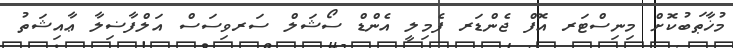
މުޚާޠަބުކޮށް މިނިސްޓަރ އޮފް ޖެންޑަރ ފެމިލީ އެންޑް ސޯޝަލް ސަރވިސަސް އަލްފާޟިލާ ޢާއިޝަތު